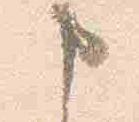
申